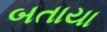
બતાયા